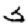
Digit: 5